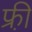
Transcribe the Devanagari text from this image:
फ्री़